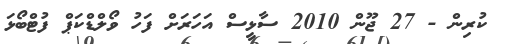
ކުރިން - 27 ޖޫން 2010 ސާޅީސް އަހަރަށް ފަހު ވޯލްޑްކަޕް ފުޓްބޯޅަ